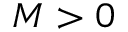
M > 0